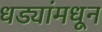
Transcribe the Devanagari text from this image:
धड्यांमधून